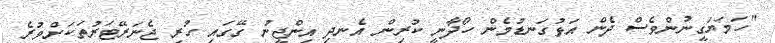
"ހަމަޔަގީނުންވެސް ދެން އަޅުގަނޑުމެން ހޯދާނީ ކުރިން އެނދި އިންޖީނު ގޭގައި ހުރި ޖެނަރޭޓަރުތަކަށްވުރެ